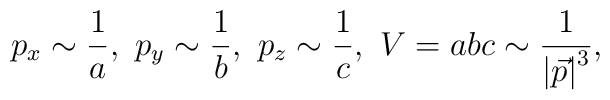
p_x\sim \frac 1a,\ p_y\sim \frac 1b,\ p_z\sim \frac 1c,\ V=abc\sim\frac 1{\left| \vec{p}\right| ^3},